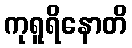
ကုရူရိနောတိ